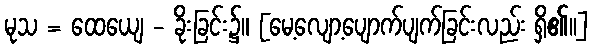
မုသ = ထေယျေ - ခိုးခြင်း၌။ [မေ့လျော့ပျောက်ပျက်ခြင်းလည်း ရှိ၏၊၊]